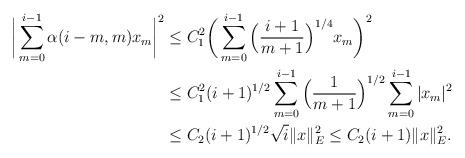
LaTeX: \begin{align*} \bigg|\sum_{m=0}^{i-1} \alpha(i-m,m)x_m \bigg|^2&\leq C_1^2 \bigg(\sum_{m=0}^{i-1} \Big(\frac{i+1}{m+1}\Big)^{1/4}x_m\bigg)^2 \\&\leq C_1^2 (i+1)^{1/2}\sum_{m=0}^{i-1} \Big(\frac{1}{m+1}\Big)^{1/2}\sum_{m=0}^{i-1}|x_m|^2 \\&\leq C_2 (i+1)^{1/2}\sqrt{i}\|x\|_E^2 \leq C_2 (i+1)\|x\|_E^2 .\end{align*}